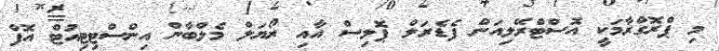
މި ޕްރޮގްރާމަކީ އޮސްޓްރޭލިއަން ފެޑެރަލް ޕޮލިސް އާއި ރޯޔަލް މެލްބާން އިންސްޓިޓިއުޓް އޮފް